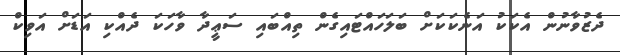
ދެޒުވާނުން އެކަކު އަނެކަކަށް ބަަލަހައްޓައިގެން ތިއްބައި ސަޢީދާ ވާހަކަ ދެއްކި އަޑަށް އަވިކް